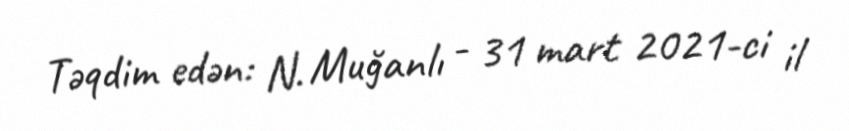
Təqdim edən: N. Muğanlı - 31 mart 2021-ci il